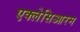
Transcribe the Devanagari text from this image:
एक्लेसिआरम